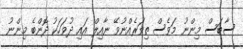
ސާބަސް މިންނު މަވެސް ތިވަރެއްނުވޭ ނާއިލް އައި ދުވަހަކު ދޮންބެ މިންނު